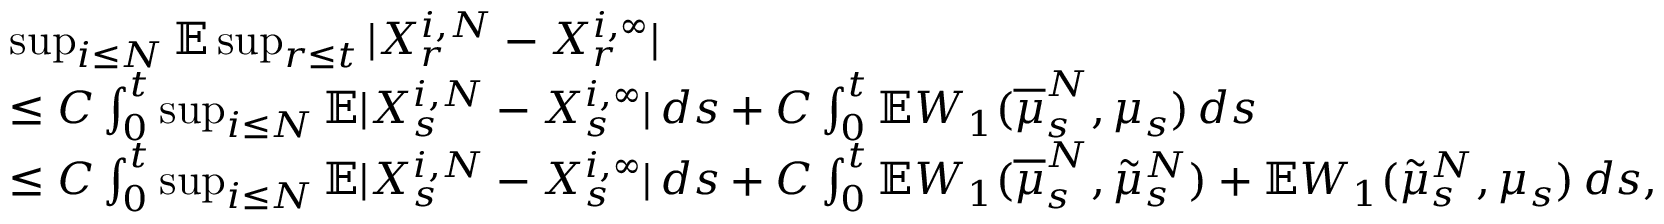
\begin{array} { r l } & { \operatorname* { s u p } _ { i \leq N } \mathbb { E } \operatorname* { s u p } _ { r \leq t } \vert X _ { r } ^ { i , N } - X _ { r } ^ { i , \infty } \vert } \\ & { \leq C \int _ { 0 } ^ { t } \operatorname* { s u p } _ { i \leq N } \mathbb { E } \vert X _ { s } ^ { i , N } - X _ { s } ^ { i , \infty } \vert \, d s + C \int _ { 0 } ^ { t } \mathbb { E } W _ { 1 } ( \overline { { \mu } } _ { s } ^ { N } , \mu _ { s } ) \, d s } \\ & { \leq C \int _ { 0 } ^ { t } \operatorname* { s u p } _ { i \leq N } \mathbb { E } \vert X _ { s } ^ { i , N } - X _ { s } ^ { i , \infty } \vert \, d s + C \int _ { 0 } ^ { t } \mathbb { E } W _ { 1 } ( \overline { { \mu } } _ { s } ^ { N } , \tilde { \mu } _ { s } ^ { N } ) + \mathbb { E } W _ { 1 } ( \tilde { \mu } _ { s } ^ { N } , \mu _ { s } ) \, d s , } \end{array}